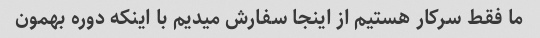
ما فقط سرکار هستیم از اینجا سفارش میدیم با اینکه دوره بهمون